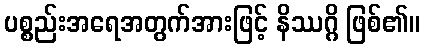
ပစ္စည်းအရေအတွက်အားဖြင့် နိဿဂ္ဂိ ဖြစ်၏။